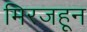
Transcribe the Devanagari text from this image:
मिरजहून